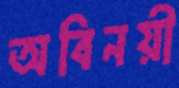
অবিনয়ী